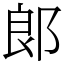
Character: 郞